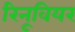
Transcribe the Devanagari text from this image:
रिनूवियर